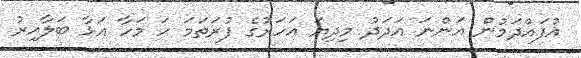
އުފައްދަމުން އަންނަ އަދަދު މިދިޔަ އަހަރުގެ ފުރަތަމަ ހަ މަހާ އަޅާ ބަލާއިރު